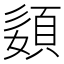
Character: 𡡓